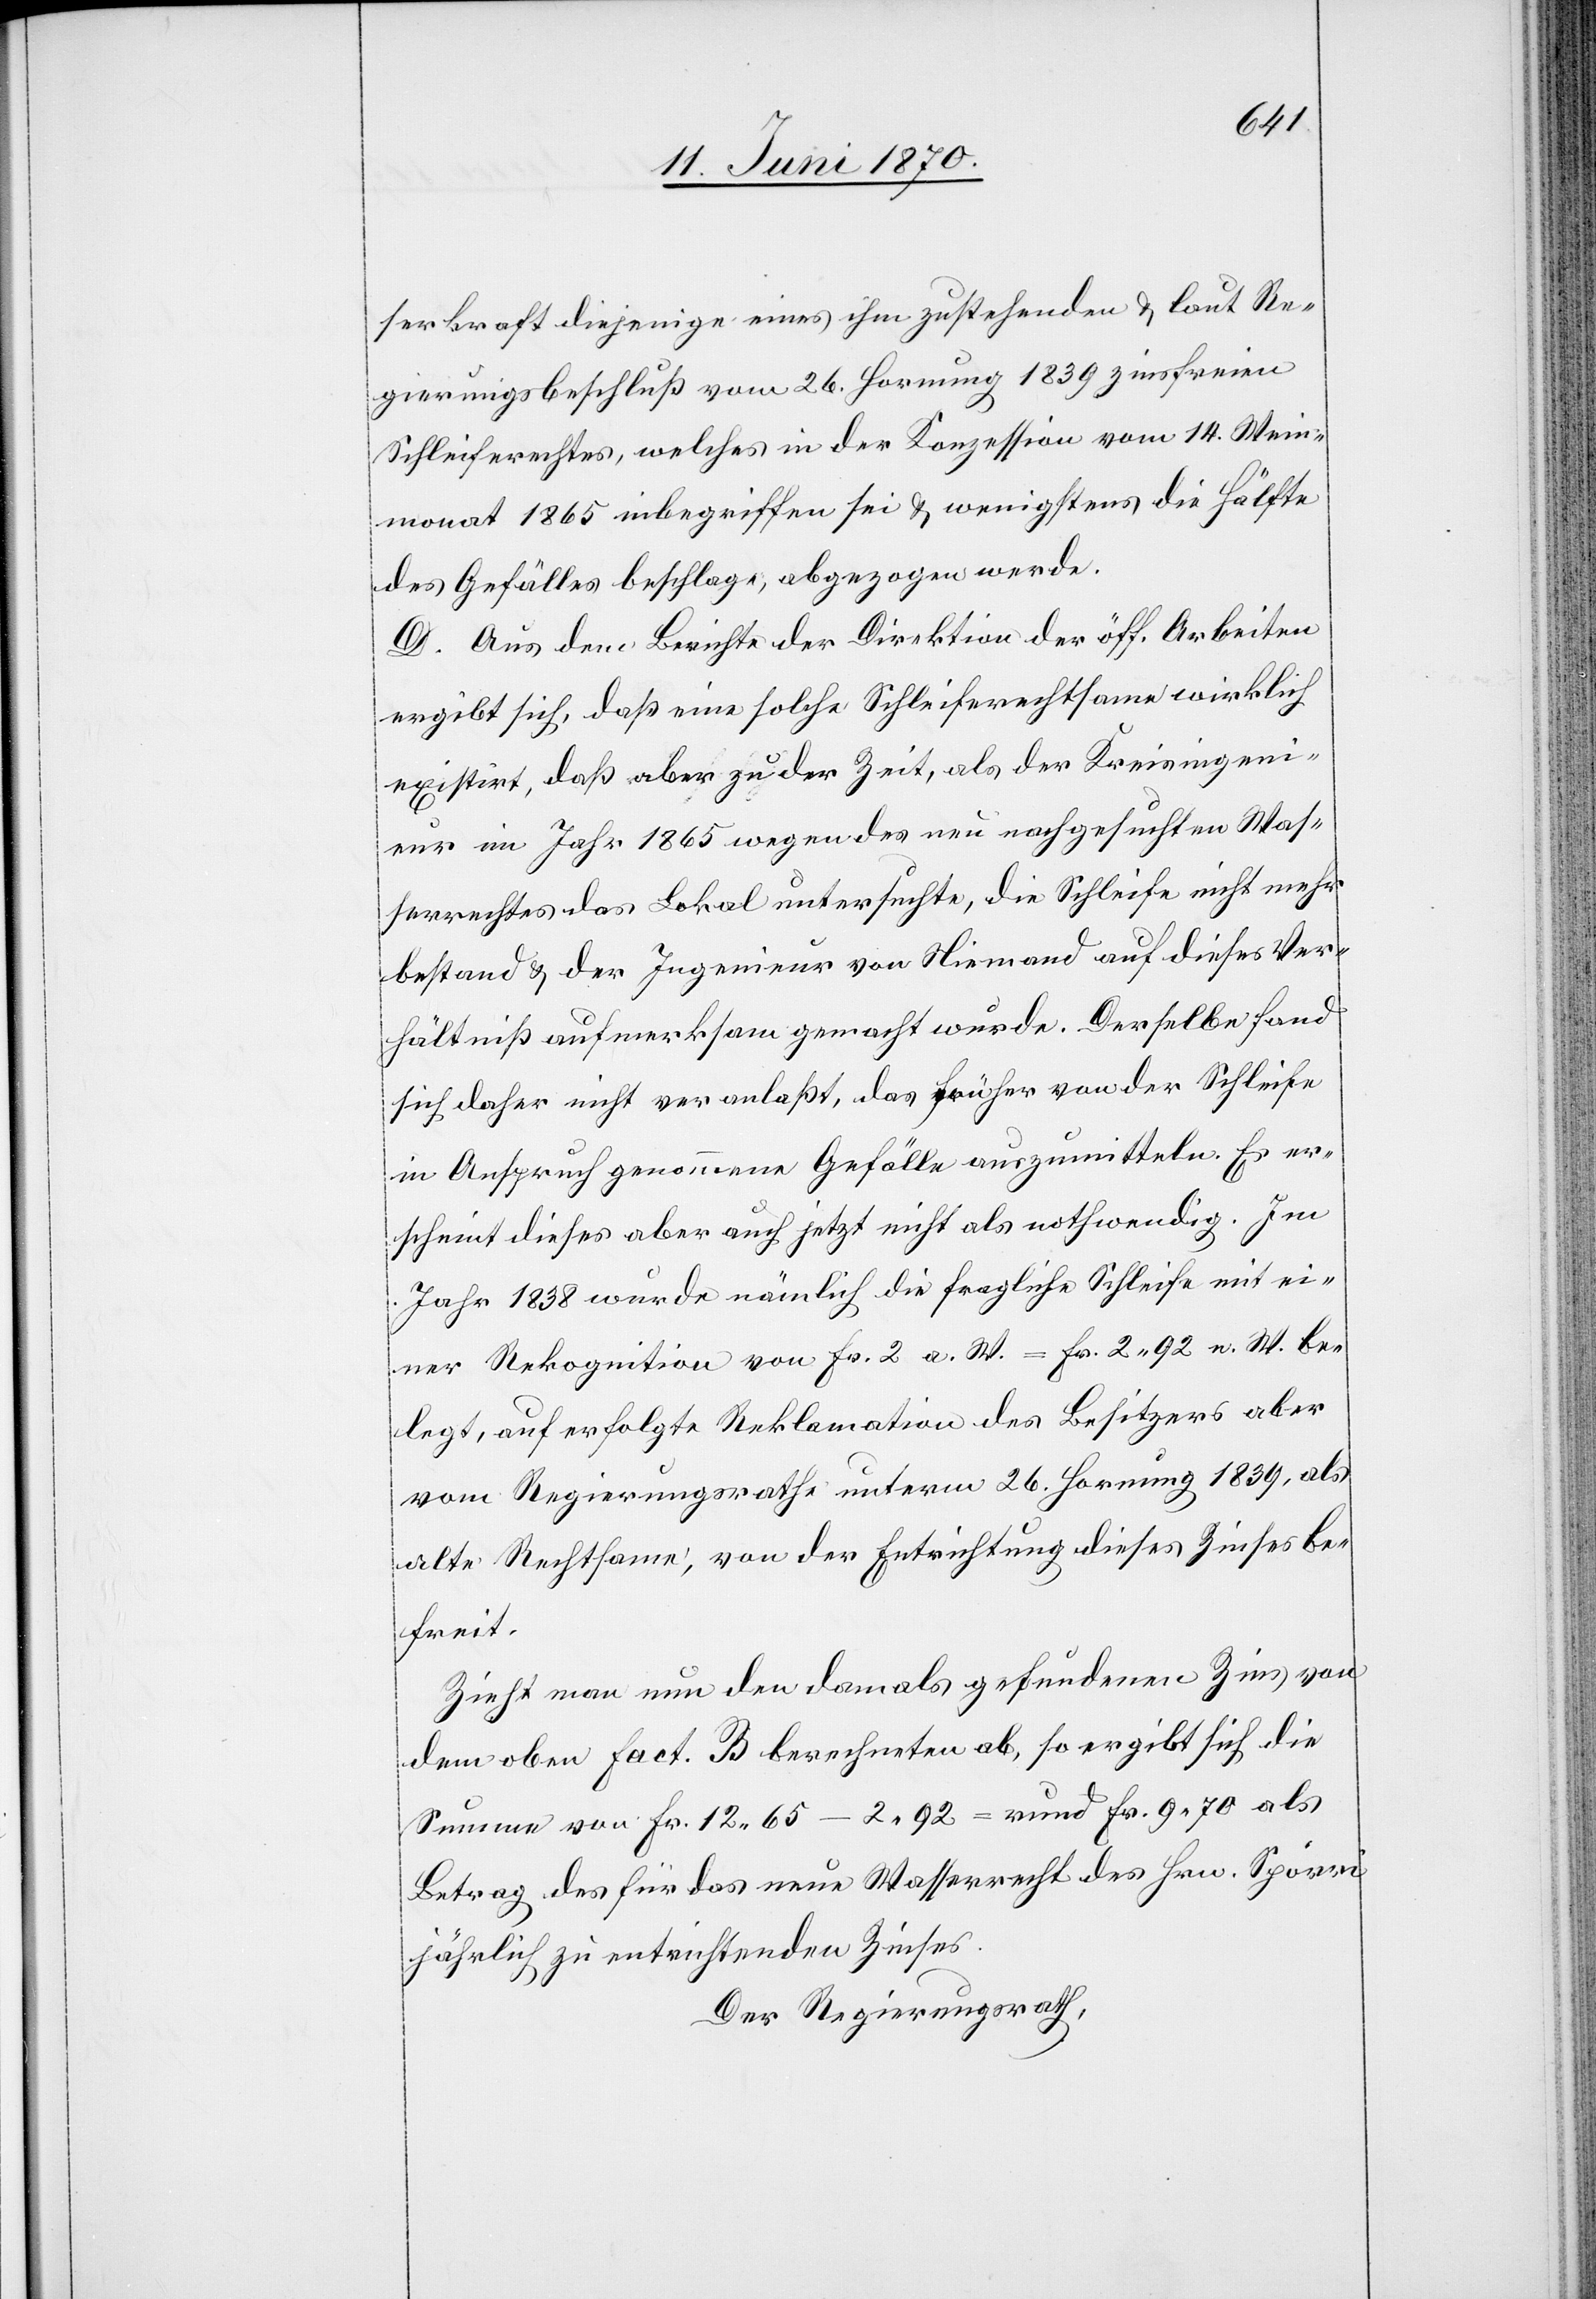
serkraft diejenige eines ihm zustehenden & laut Re¬
gierungsbeschluß vom 26. Hornung 1839 zinsfreien
Schleiferechtes, welches in der Konzession vom 14. Wein¬
monat 1865 inbegriffen sei & wenigstens die Hälfte
des Gefälles beschlage, abgezogen werde.
D. Aus dem Berichte der Direktion der öff. Arbeiten
ergibt sich, daß eine solche Schleiferechtsame wirklich
existirt, daß aber zu der Zeit, als der Kreisingeni¬
eur im Jahr 1865 wegen des neu nachgesuchten Was¬
serrechtes das Lokal untersuchte, die Schleife nicht mehr
bestand & der Ingenieur von Niemand auf dieses Ver¬
hältniß aufmerksam gemacht wurde. Derselbe fand
sich daher nicht veranlaßt, das früher von der Schleife
in Anspruch genommene Gefälle auszumitteln. Es er¬
scheint dieses aber auch jetzt nicht als nothwendig. Im
Jahr 1838 wurde nämlich die fragliche Schleife mit ei¬
ner Rekognition von Fr. 2 a. W. = Fr. 2.92 n. W. be¬
legt, auf erfolgte Reklamation des Besitzers aber
vom Regierungsrathe unterm 26. Hornung 1839, als
alte Rechtsame, von der Entrichtung dieses Zinses be¬
freit.
Zieht man nun den damals gefundenen Zins von
dem oben fact. B berechneten ab, so ergibt sich die
Summe von Fr. 12.65 – 2.92 = rund Fr. 9.70 als
Betrag des für das neue Wasserrecht des Hrn. Spörri
jährlich zu entrichtenden Zinses.
Der Regierungsrath,